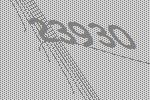
23930